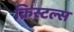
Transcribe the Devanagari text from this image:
क्रिस्टल्स